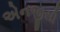
એનજીસી